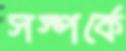
সস্পর্কে